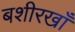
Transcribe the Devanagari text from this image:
बशीरखाँ